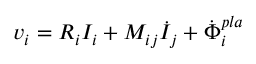
v _ { i } = R _ { i } I _ { i } + M _ { i j } \dot { I } _ { j } + \dot { \Phi } _ { i } ^ { p l a }